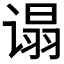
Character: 𬤕